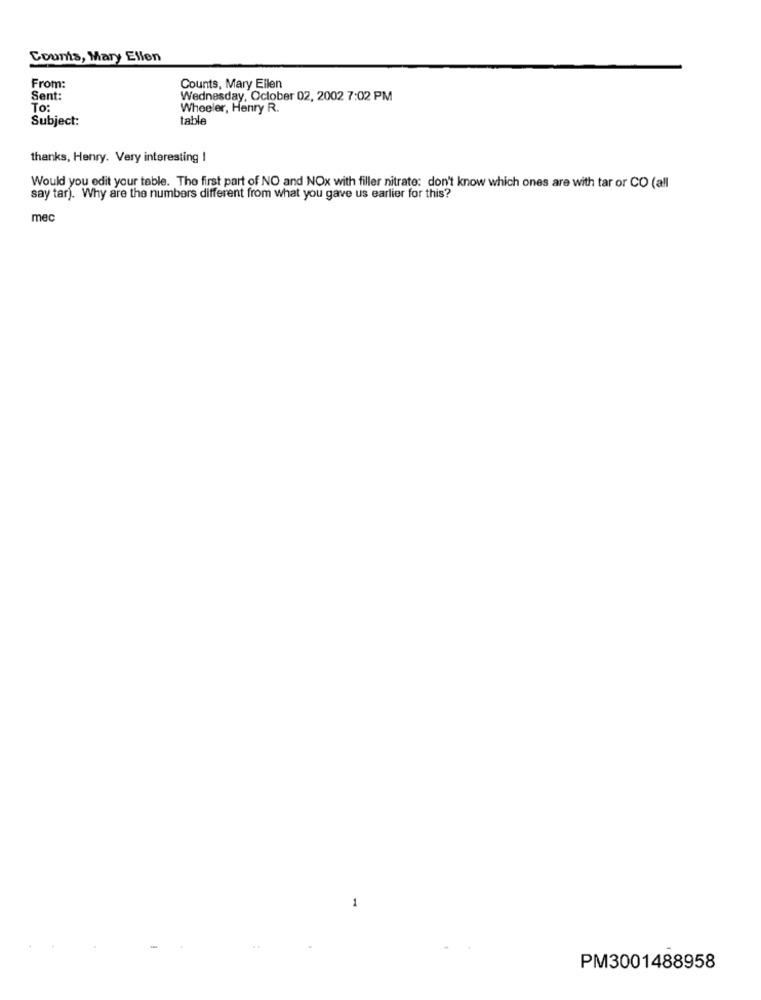
Counis, Mary Ellen
From:
Counts, Mary Ellen
Sent:
Wednesday, October 02, 2002 7:02 PM
To:
Wheeler, Henry R.
Subject:
table
thanks, Henry. Very interesting I
Would you edit your table. The first part of NO and NOx with filler nitrate: don't know which ones are with tar or CO (all
say tar). Why are the numbers different from what you gave us earlier for this?
mec
1
PM3001488958